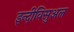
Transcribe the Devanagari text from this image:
इन्दीविसुअल